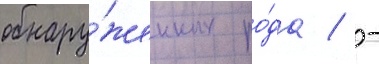
обнару́женных ро́да / -